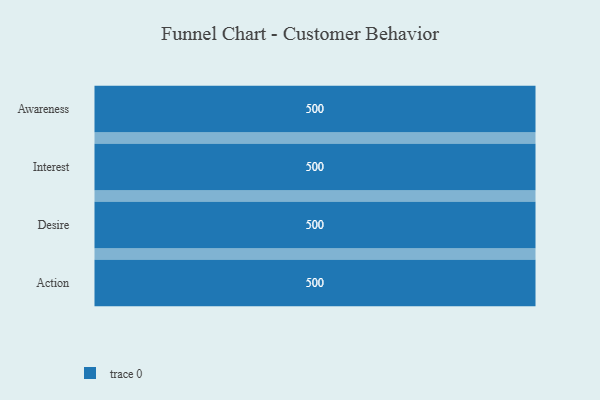
{"axis": {"x": "Stage", "y": "Value"}, "legend": [""], "data": [{"x": "Awareness", "y": 500, "type": ""}, {"x": "Interest", "y": 500, "type": ""}, {"x": "Desire", "y": 500, "type": ""}, {"x": "Action", "y": 500, "type": ""}]}